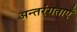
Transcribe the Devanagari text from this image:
अन्तरंगताएँ